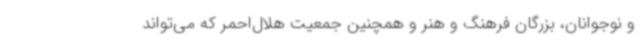
و نوجوانان، بزرگان فرهنگ و هنر و همچنین جمعیت هلال‌احمر که می‌تواند